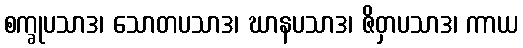
စက္ခုပသာဒ၊ သောတပသာဒ၊ ဃာနပသာဒ၊ ဇိဝှာပသာဒ၊ ကာယ